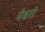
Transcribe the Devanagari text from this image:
पेडरो